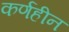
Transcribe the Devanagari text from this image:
कर्णहीन